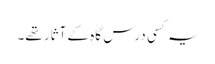
یہ کسی درس گاہ کے آثار تھے۔